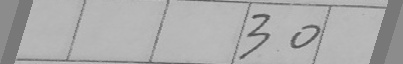
3 0